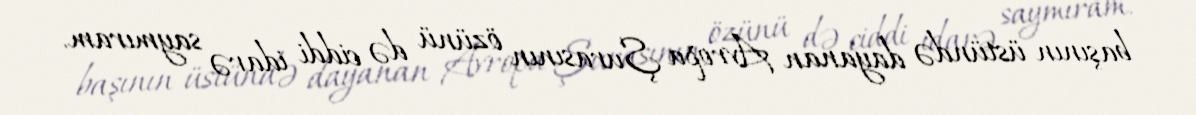
başının üstündə dayanan Avropa Şurasının özünü də ciddi idarə saymıram.